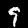
Label: 9